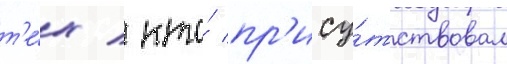
т'е́х / кто́ пр'ису́тствовал